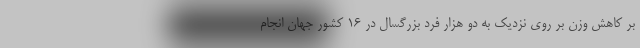
بر کاهش وزن بر روی نزدیک به دو هزار فرد بزرگسال در ۱۶ کشور جهان انجام